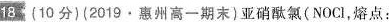
18(10分)(2019·惠州高一期末)亚硝酞氯(NOCl，熔点：